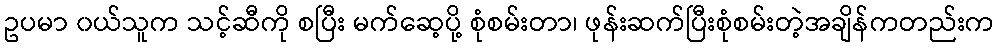
ဥပမာ ၀ယ်သူက သင့်ဆီကို စပြီး မက်ဆေ့ပို့ စုံစမ်းတာ၊ ဖုန်းဆက်ပြီးစုံစမ်းတဲ့အချိန်ကတည်းက